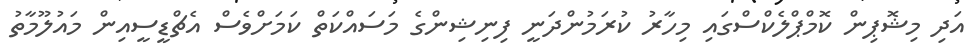
އަދި މިޝޮޕިން ކޮމްޕްލެކްސްގައި މިހާރު ކުރަމުންދަނީ ފިނިޝިންގެ މަސައްކަތް ކަމަށްވެސް އެޗްޑީސީއިން މައުލޫމާތު